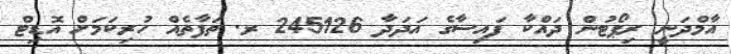
އާމްދަނީ ރިޕޯޓުން ދައްކާ ފައިސާގެ އަދަދާ 245126 ރ. ތަފާތެއް ހުރިކަމަށް އޮޑިޓް